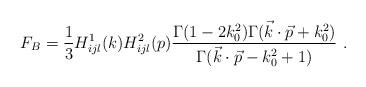
LaTeX: \begin{align*}F_B= {1\over 3} H^1_{ijl} (k) H^2_{ijl} (p) {\Gamma (1-2k_0^2) \Gamma (\vec k\cdot \vec p +k_0^2)\over\Gamma (\vec k\cdot \vec p-k_0^2+1)} \ .\end{align*}